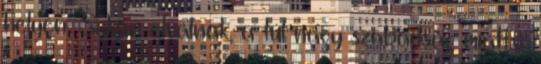
helyen. Sokan elválnak, a túl nagy szabadság miatt -